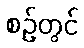
စဉ်တွင်